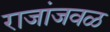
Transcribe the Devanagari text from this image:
राजांजवळ